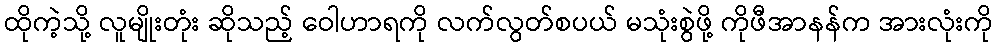
ထိုကဲ့သို့ လူမျိုးတုံး ဆိုသည့် ဝေါဟာရကို လက်လွတ်စပယ် မသုံးစွဲဖို့ ကိုဖီအာနန်က အားလုံးကို